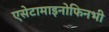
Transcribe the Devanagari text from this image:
एसेटामाइनोफिनभी